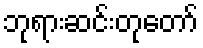
ဘုရားဆင်းတုတော်